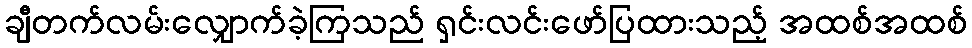
ချီတက်လမ်းလျှောက်ခဲ့ကြသည် ရှင်းလင်းဖော်ပြထားသည့် အထစ်အထစ်